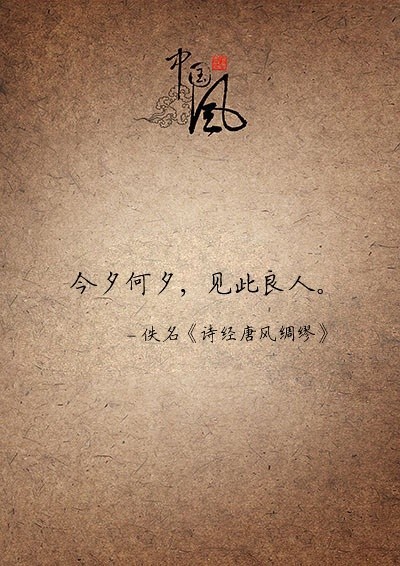
今夕何夕，见此良人？